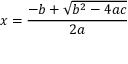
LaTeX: x = { \frac { - b + { \sqrt { b ^ { 2 } - 4 a c } } } { 2 a } }